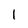
Character: I